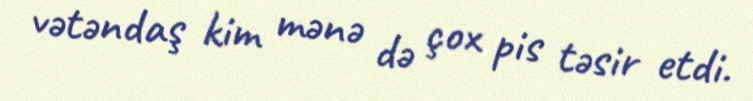
vətəndaş kim mənə də çox pis təsir etdi.